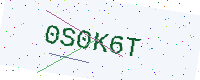
Text: 0S0K6T